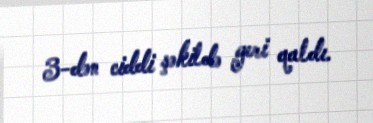
3-dən ciddi şəkildə geri qaldı.